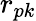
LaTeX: r_{pk}